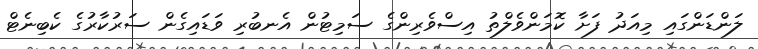
ލަންޑަންގައި މިއަދު ފަށާ ކޮމަންވެލްތު އިސްވެރިންގެ ސަމިޓުން އެނބުރި ވަޑައިގެން ސަރުކާރުގެ ކެބިނެޓް